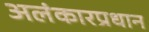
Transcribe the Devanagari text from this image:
अलंकारप्रधान